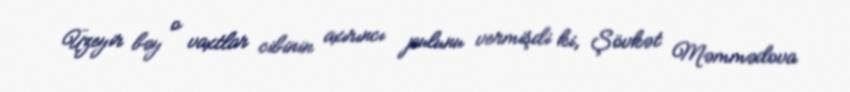
Üzeyir bəy o vaxtlar cibinin axırıncı pulunu vermişdi ki, Şövkət Məmmədova